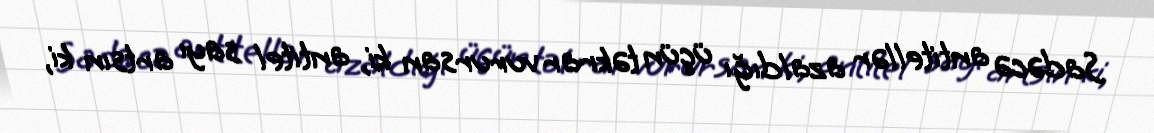
Sadəcə antitellər azaldığı üçün təkrar vurursan ki, antitel sayı artsın ki,